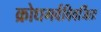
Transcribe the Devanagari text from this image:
क्रोधगर्वविवर्जितः